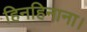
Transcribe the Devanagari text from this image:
हिनहिनाना।